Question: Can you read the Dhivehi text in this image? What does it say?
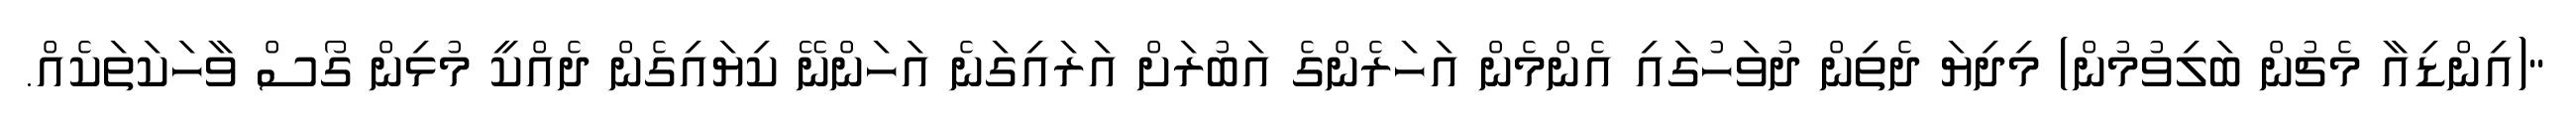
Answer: "(އިންޑިއާ މެޗުން ބަލިވުމުން) މިދިޔަ ދެތިން ދުވަހުގައި އެންމެން އަހަރެންގެ އަބުރަށް އަރައިގަނެ އަހަންނޭ ކިޔައިގެން ދެއްކީ މުޅިން ގޯސް ވާހަކަތަކެއް.